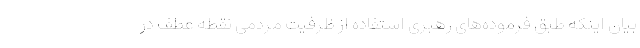
بیان اینکه طبق فرموده‌های رهبری استفاده از ظرفیت مردمی نقطه عطف در